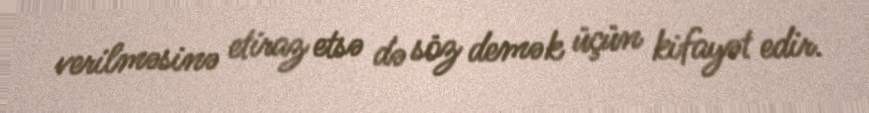
verilməsinə etiraz etsə də söz demək üçün kifayət edir.